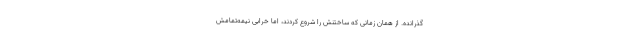
گذرانده. از همان زمانی که ساختنش را شروع کردند، اما خرابی نیمه‌تمامش